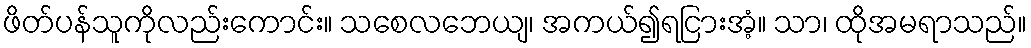
ဖိတ်ပန်သူကိုလည်းကောင်း။ သစေလဘေယျ၊ အကယ်၍ရငြားအံ့။ သာ၊ ထိုအမရာသည်။